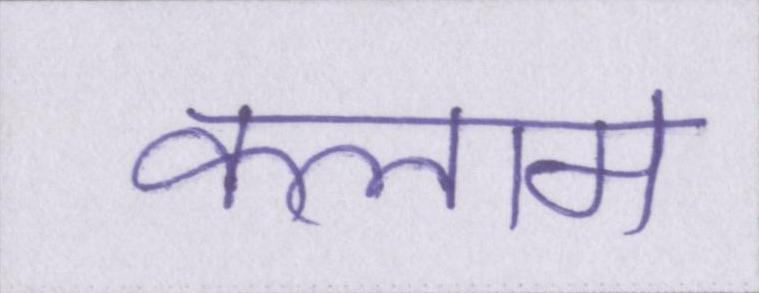
कलाम